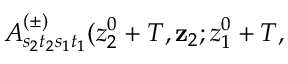
A _ { s _ { 2 } t _ { 2 } s _ { 1 } t _ { 1 } } ^ { ( \pm ) } ( z _ { 2 } ^ { 0 } + T , \mathbf { z } _ { 2 } ; z _ { 1 } ^ { 0 } + T ,